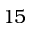
1 5